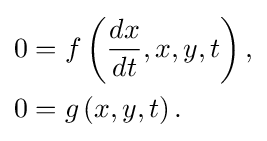
{\begin{aligned}0&=f\left({\frac {dx}{dt}},x,y,t\right),\\0&=g\left(x,y,t\right).\end{aligned}}